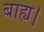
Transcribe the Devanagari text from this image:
बाह्य।